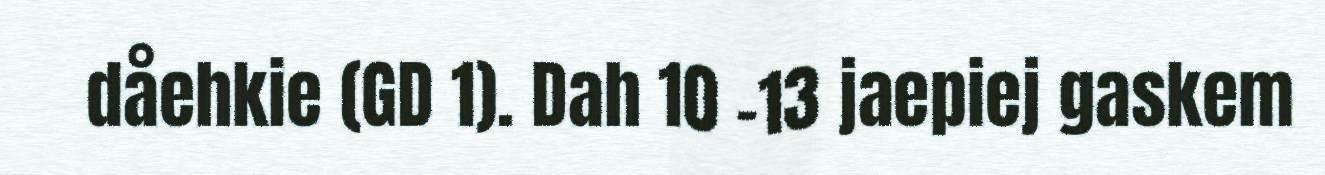
dåehkie (GD 1). Dah 10 -13 jaepiej gaskem